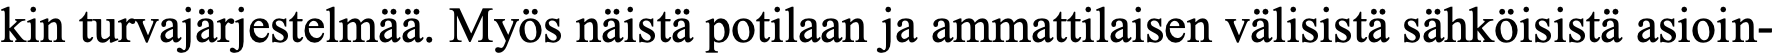
kin turvajärjestelmää. Myös näistä potilaan ja ammattilaisen välisistä sähköisistä asioin-